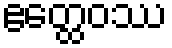
ဧတ္ထေဝဿ